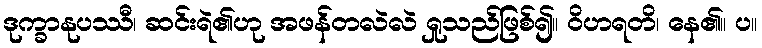
ဒုက္ခာနုပဿီ၊ ဆင်းရဲ၏ဟု အဖန်တလဲလဲ ရှုသည်ဖြစ်၍။ ဝိဟရတိ၊ နေ၏။ ပ။